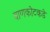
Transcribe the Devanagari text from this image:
बाणकोटकडे